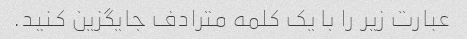
عبارت زیر را با یک کلمه مترادف جایگزین کنید.